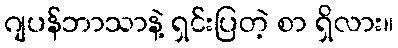
ဂျပန်ဘာသာနဲ့ ရှင်းပြတဲ့ စာ ရှိလား။